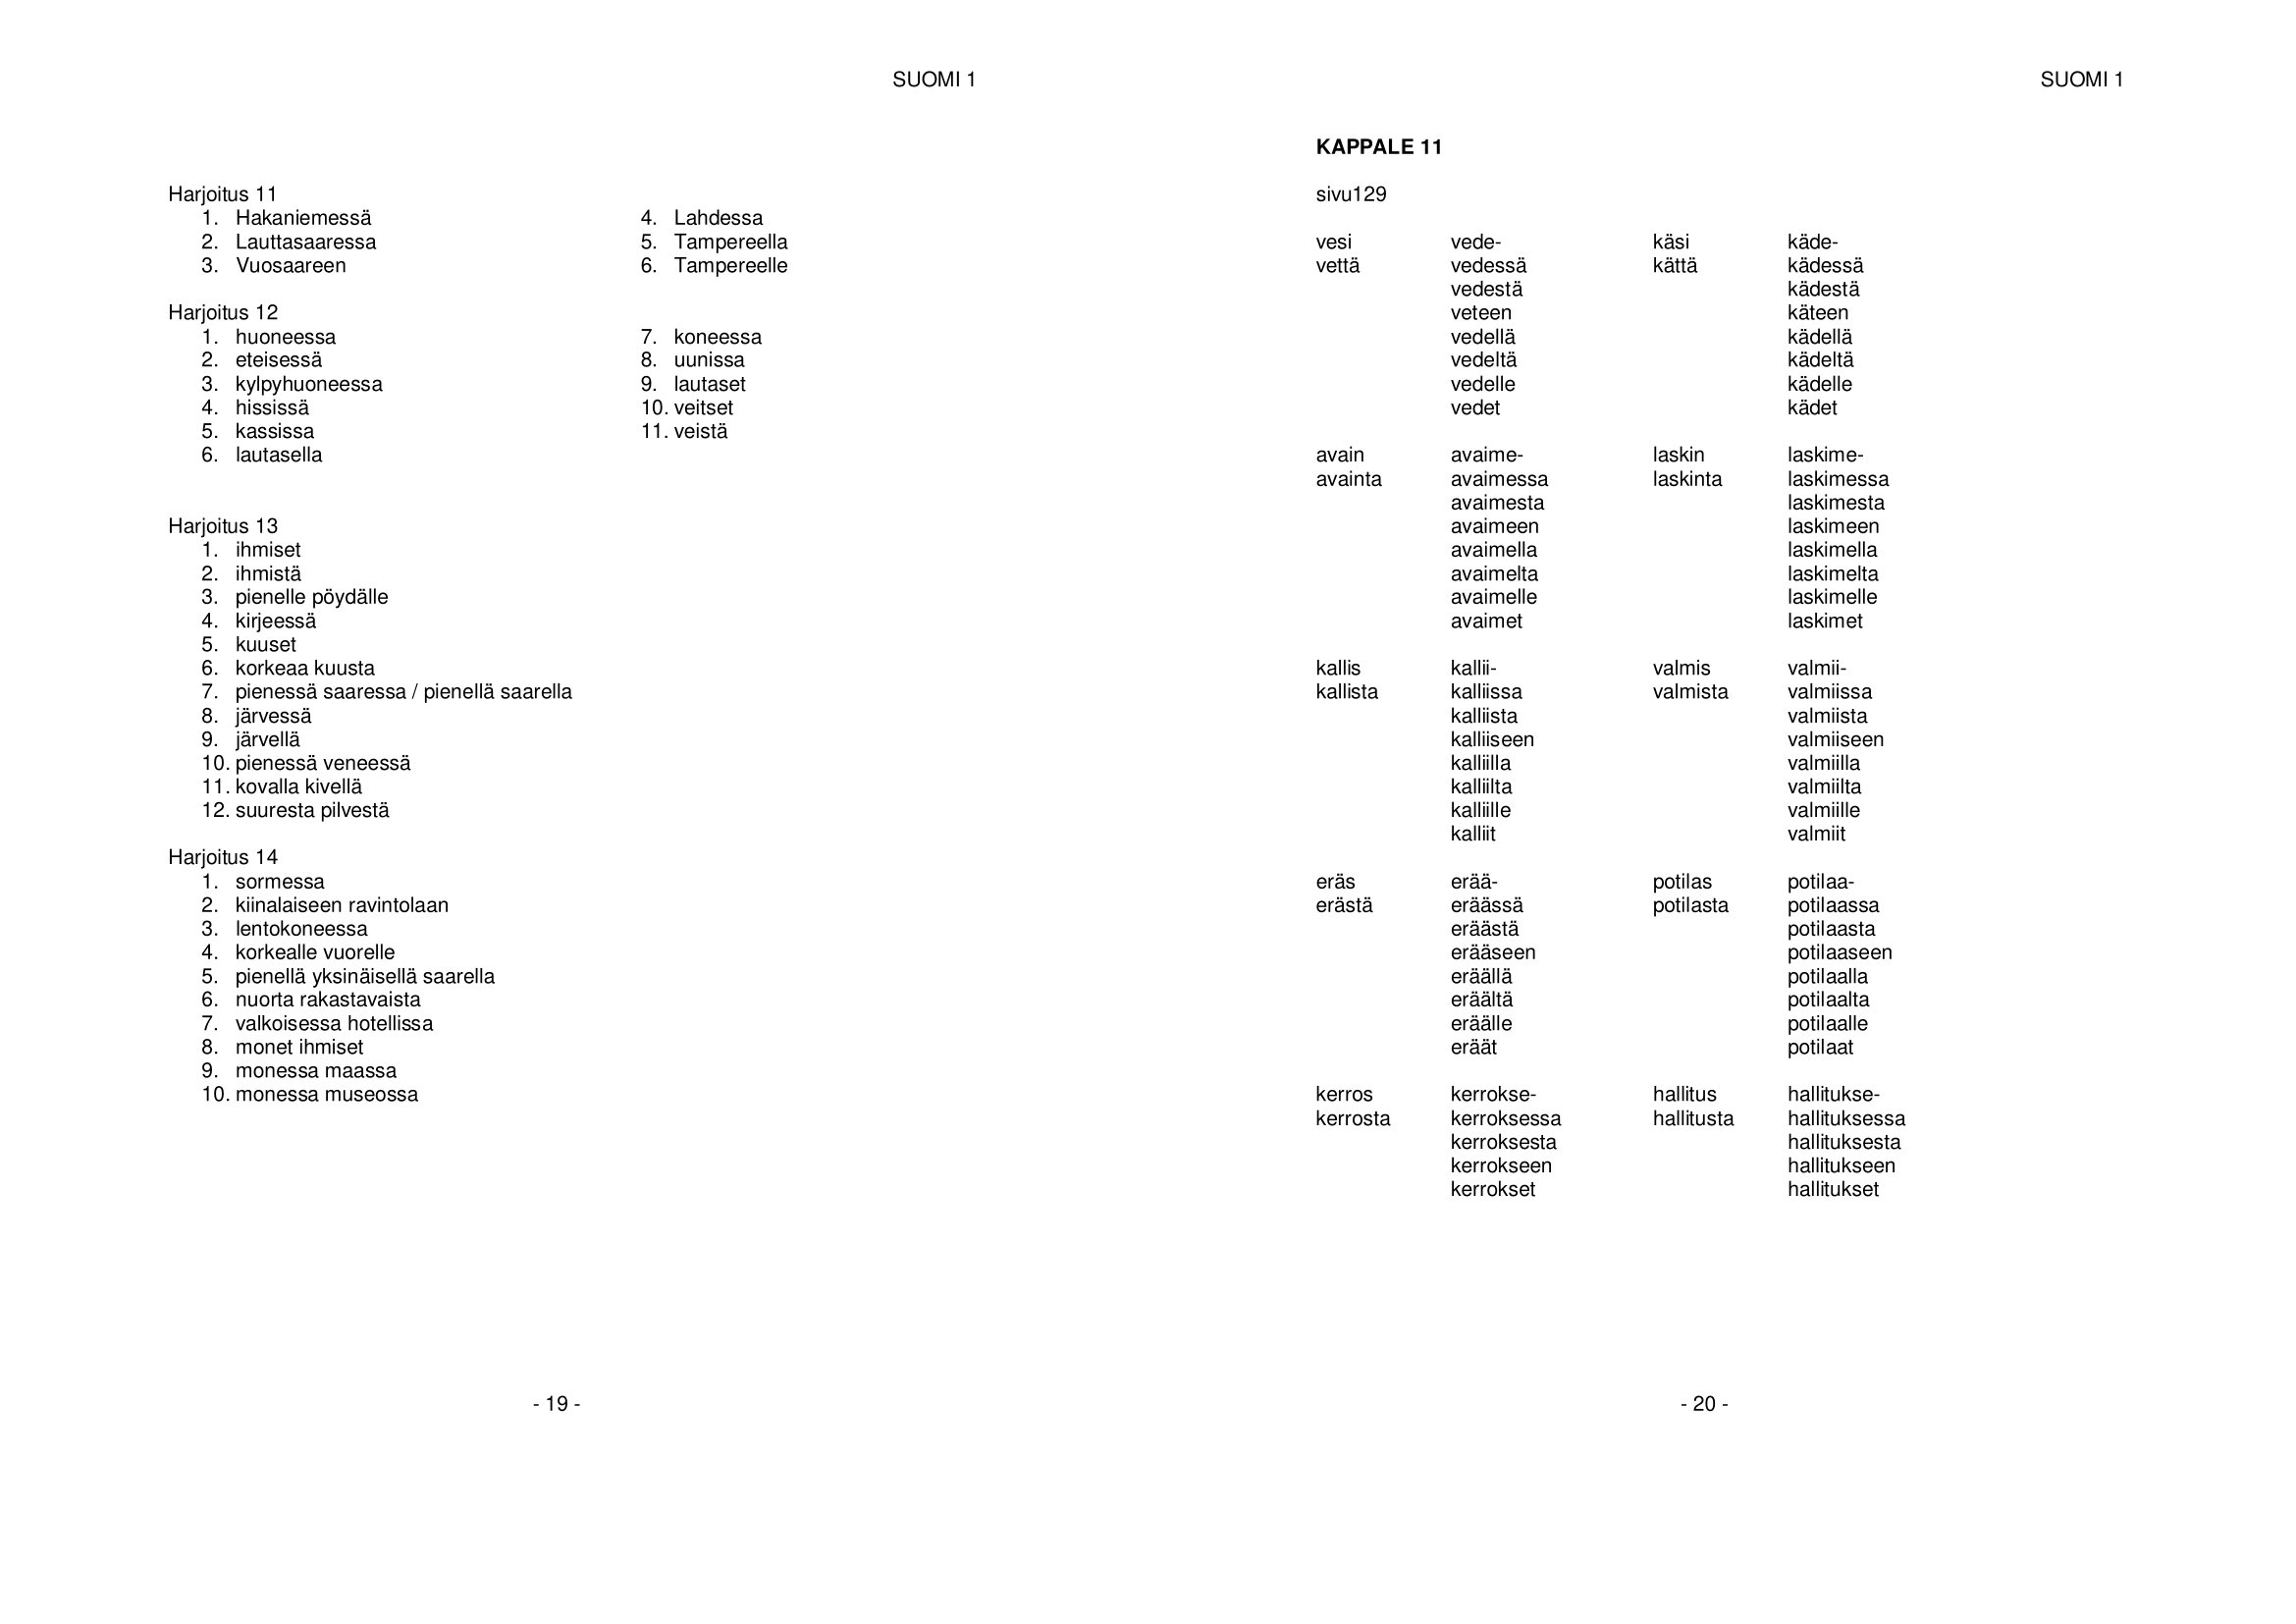
Language: fn